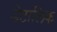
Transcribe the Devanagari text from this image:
डेटालिंक